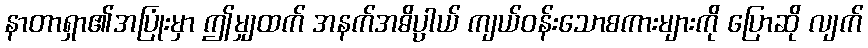
နာတာရှာ၏အပြုံးမှာ ဤမျှထက် အနက်အဓိပ္ပာယ် ကျယ်ဝန်းသောစကားများကို ပြောဆို လျက်